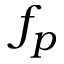
f _ { p }